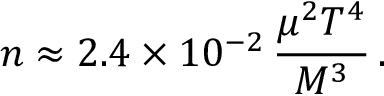
n \approx 2 . 4 \times 1 0 ^ { - 2 } \, \frac { \mu ^ { 2 } T ^ { 4 } } { M ^ { 3 } } \, .